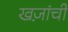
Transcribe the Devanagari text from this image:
खज़ांची